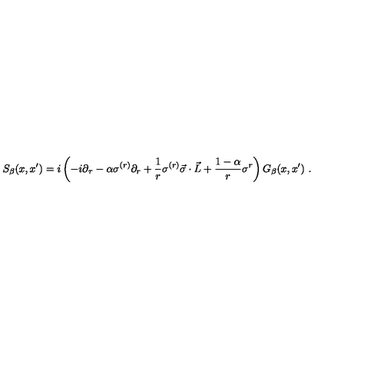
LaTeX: S _ { \beta } ( x , x ^ { \prime } ) = i \left( - i \partial _ { \tau } - \alpha \sigma ^ { ( r ) } \partial _ { r } + \frac 1 r \sigma ^ { ( r ) } \vec { \sigma } \cdot \vec { L } + \frac { 1 - \alpha } r \sigma ^ { r } \right) G _ { \beta } ( x , x ^ { \prime } ) \ . \